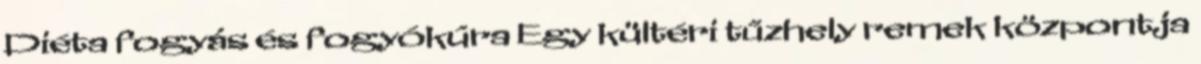
Diéta fogyás és fogyókúra Egy kültéri tűzhely remek központja